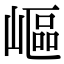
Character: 嶇